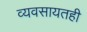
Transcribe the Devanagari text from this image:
व्यवसायतही